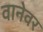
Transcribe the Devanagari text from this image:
वानेवर